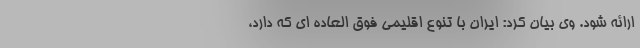
ارائه شود. وی بیان کرد: ایران با تنوع اقلیمی فوق العاده ای که دارد،